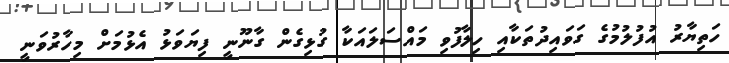
ހަތިޔާރު އުފުލުމުގެ ގަވައިދުތަކާއި ހިލާފުވި މައްސަލައަކާ ގުޅިގެން ގާނޫނީ ފިޔަވަޅު އެޅުމަށް މިހާރުވަނީ